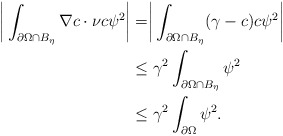
\begin{align*}\begin{aligned}\biggr{|}\int_{\partial\Omega\cap B_{\eta} }\nabla c\cdot\nu c\psi^{2}\biggr{|}&=\biggr{|}\int_{\partial\Omega\cap B_{\eta} }(\gamma-c) c\psi^{2}\biggr{|}\\&\le \gamma^{2}\int_{\partial\Omega\cap B_{\eta} }\psi^{2} \\&\le \gamma^{2}\int_{\partial\Omega} \psi^{2}.\end{aligned}\end{align*}